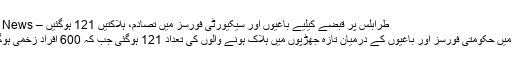
طرابلس پر قبضے کیلیے باغیوں اور سیکیورٹی فورسز میں تصادم، ہلاکتیں 121 ہوگئیں – i14 News
لیبیا میں حکومتی فورسز اور باغیوں کے درمیان تازہ جھڑپوں میں ہلاک ہونے والوں کی تعداد 121 ہوگئی جب کہ 600 افراد زخمی ہوگئے۔